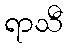
ရာသီ